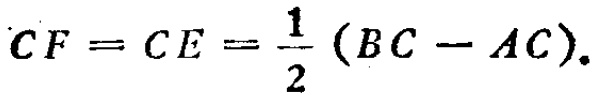
\(CF = CE = \frac{1}{2}(BC - AC).\)